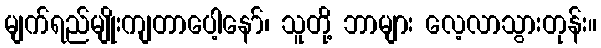
မျက်ရည်မျိုးကျတာပေါ့နော်၊ သူတို့ ဘာများ လေ့လာသွားတုန်း။